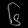
Digit: ၆